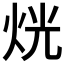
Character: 𤈛